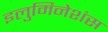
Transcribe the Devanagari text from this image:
इलुमिनेशंस